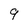
Character: 9